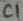
Text: C1